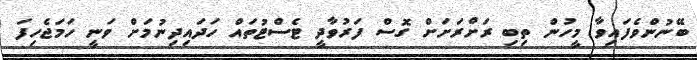
ބޭނުންވެފައިވާ މީހުން ތިބި ރަށްރަށަށް ގޮސް ފަރުވާދީ ޓެސްޓުތައް ހަދައިދިނުމަށް ވަނީ ހަމަޖެހިފަ